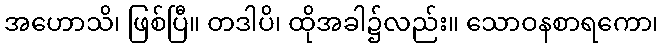
အဟောသိ၊ ဖြစ်ပြီ။ တဒါပိ၊ ထိုအခါ၌လည်း။ သောဝနစာရကော၊